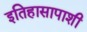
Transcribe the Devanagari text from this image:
इतिहासापाशी